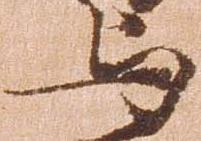
与